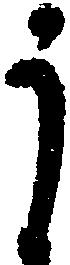
う